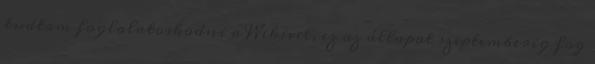
tudtam foglalatoskodni a Wikivel, ez az állapot szeptemberig fog